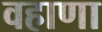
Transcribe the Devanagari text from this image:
वहाणा